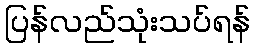
ပြန်လည်သုံးသပ်ရန်